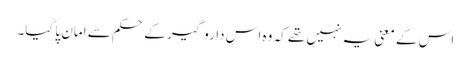
اس کے معنی یہ نہیں تھے کہ وہ اس داروگیر کے حکم سے امان پا گیا۔